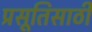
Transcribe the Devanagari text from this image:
प्रसूतिसाठी